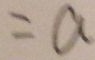
= a